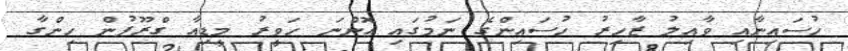
ހުސައިނާއި ވާއިލު ޒާހިރު ހުސައިންގެ ނަމުގައި އޮންނަ ހަވީރު މީޑިއާ ގްރޫޕުން ހިންގާ